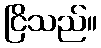
ငြိသည်။